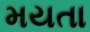
મયતા